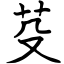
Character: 芟